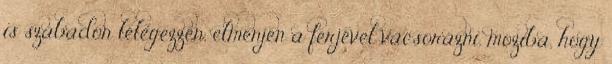
is szabadon lélegezzen, elmenjen a férjével vacsorázni, moziba, hogy